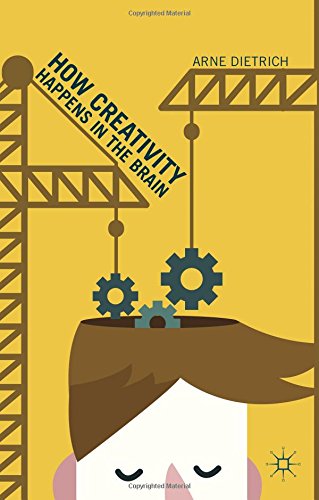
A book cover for How Creativity Happens in the Brain; Arne Dietrich; Health, Fitness & Dieting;